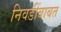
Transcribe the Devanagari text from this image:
निवडींबाबत